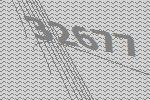
32677